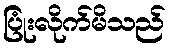
ပြုံးလိုက်မိသည်